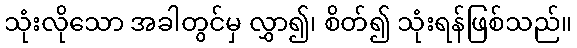
သုံးလိုသော အခါတွင်မှ လွှာ၍၊ စိတ်၍ သုံးရန်ဖြစ်သည်။